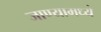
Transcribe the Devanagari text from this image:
जाण्यामध्ये